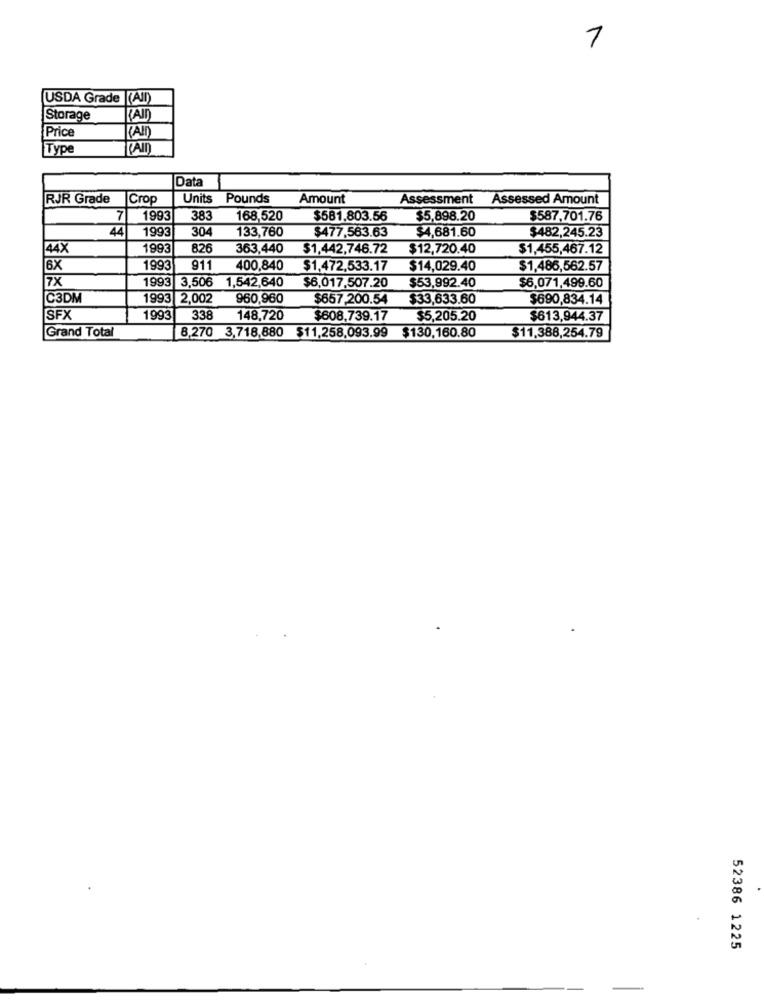
1
USDA Grade (AIl)
Storage
PAID
Price
Type
Data
RJR Grade
Crop
Units Pounds
Amount
Assessment Assessed Amount
7
1993
383
168,520
$581.803.56
$5,898.20
$587,701.76
44
1993
304
133,760
$477,563.63
$4,681.60
$482,245.23
44X
1993
826
363,440
$1,442,746.72
$12,720.40
$1,455,467.12
6X
1993
911
400,840
$1,472,533.17
$14,029.40
$1,486,562.57
1993
3,506
1,542,640
$53,992.40
$6,071,499.60
7X
$6,017.507.20
C3DM
1993 2,002
960,960
$657.200.54
$33,633.60
$690,834.14
SFX
1993
338
148,720
$608,739.17
$5,205.20
$613,944.37
Grand Total
8.270 3,718,880 $11,258,093.99
$130,160.80
$11,388,254.79
52386 1225